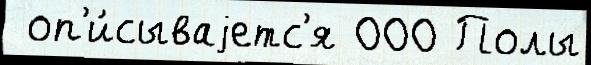
 оп'и́сываjетс'я 000 Полы